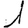
Digit: 1